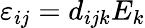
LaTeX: \varepsilon_{ij}=d_{ijk}E_{k}